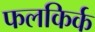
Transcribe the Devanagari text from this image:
फलकिर्क